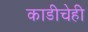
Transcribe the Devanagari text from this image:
काडीचेही